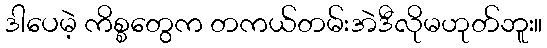
ဒါပေမဲ့ ကိစ္စတွေက တကယ်တမ်းအဲဒီလိုမဟုတ်ဘူး။